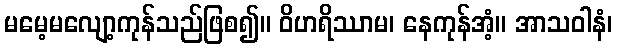
မမေ့မလျော့ကုန်သည်ဖြစ၍။ ဝိဟရိဿာမ၊ နေကုန်အံ့။ အာသဝါနံ၊